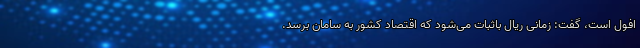
افول است، گفت: زمانی ریال باثبات می‌شود که اقتصاد کشور به سامان برسد.